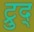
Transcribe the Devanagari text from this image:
ट्रुद्